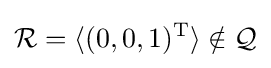
{\mathcal {R}}=\langle (0,0,1)^{\text{T}}\rangle \notin {\mathcal {Q}}